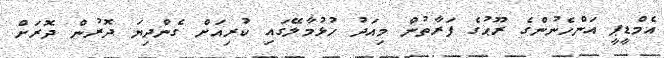
އެމްޑީޕީ އަންހެނުންގެ ރޫޙުގެ ފަރާތުން މިއަދު ހުޅުމާލޭގައި ކުރިއަށް ގެންދިޔަ ދޮރުން ދޮރަށް